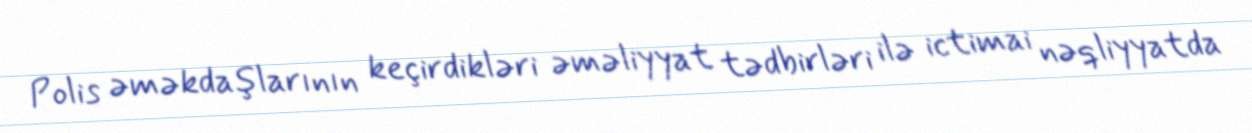
Polis əməkdaşlarının keçirdikləri əməliyyat tədbirləri ilə ictimai nəqliyyatda